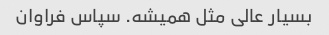
بسیار عالی مثل همیشه. سپاس فراوان